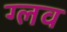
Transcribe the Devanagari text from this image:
ग्लव